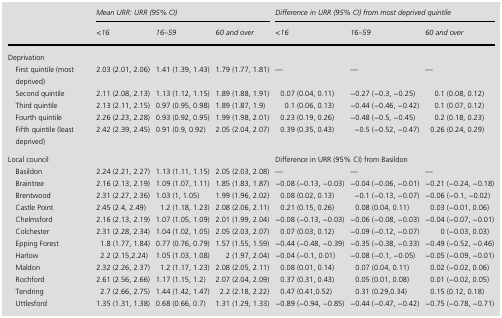
<table><thead><tr><td rowspan="2">[EMPTY_CELL]</td><td colspan="3"><b>Mean URR: URR (95% CI)</b></td><td colspan="3"><b>Difference in URR (95% CI) from most deprived quintile</b></td></tr><tr><td><b>&lt;16</b></td><td><b>16–59</b></td><td><b>60 and over</b></td><td><b>&lt;16</b></td><td><b>16–59</b></td><td><b>60 and over</b></td></tr></thead><tbody><tr><td colspan="7">Deprivation</td></tr><tr><td> First quintile (most deprived)</td><td>2.03 (2.01, 2.06)</td><td>1.41 (1.39, 1.43)</td><td>1.79 (1.77, 1.81)</td><td>—</td><td>—</td><td>—</td></tr><tr><td> Second quintile</td><td>2.11 (2.08, 2.13)</td><td>1.13 (1.12, 1.15)</td><td>1.89 (1.88, 1.91)</td><td>0.07 (0.04, 0.11)</td><td>−0.27 (−0.3, −0.25)</td><td>0.1 (0.08, 0.12)</td></tr><tr><td> Third quintile</td><td>2.13 (2.11, 2.15)</td><td>0.97 (0.95, 0.98)</td><td>1.89 (1.87, 1.9)</td><td>0.1 (0.06, 0.13)</td><td>−0.44 (−0.46, −0.42)</td><td>0.1 (0.07, 0.12)</td></tr><tr><td> Fourth quintile</td><td>2.26 (2.23, 2.28)</td><td>0.93 (0.92, 0.95)</td><td>1.99 (1.98, 2.01)</td><td>0.23 (0.19, 0.26)</td><td>−0.48 (−0.5, −0.45)</td><td>0.2 (0.18, 0.23)</td></tr><tr><td> Fifth quintile (least deprived)</td><td>2.42 (2.39, 2.45)</td><td>0.91 (0.9, 0.92)</td><td>2.05 (2.04, 2.07)</td><td>0.39 (0.35, 0.43)</td><td>−0.5 (−0.52, −0.47)</td><td>0.26 (0.24, 0.29)</td></tr><tr><td>Local council</td><td>[EMPTY_CELL]</td><td>[EMPTY_CELL]</td><td>[EMPTY_CELL]</td><td colspan="3">Difference in URR (95% CI) from Basildon</td></tr><tr><td> Basildon</td><td>2.24 (2.21, 2.27)</td><td>1.13 (1.11, 1.15)</td><td>2.05 (2.03, 2.08)</td><td>—</td><td>—</td><td>—</td></tr><tr><td> Braintree</td><td>2.16 (2.13, 2.19)</td><td>1.09 (1.07, 1.11)</td><td>1.85 (1.83, 1.87)</td><td>−0.08 (−0.13, −0.03)</td><td>−0.04 (−0.06, −0.01)</td><td>−0.21 (−0.24, −0.18)</td></tr><tr><td> Brentwood</td><td>2.31 (2.27, 2.36)</td><td>1.03 (1, 1.05)</td><td>1.99 (1.96, 2.02)</td><td>0.08 (0.02, 0.13)</td><td>−0.1 (−0.13, −0.07)</td><td>−0.06 (−0.1, −0.02)</td></tr><tr><td> Castle Point</td><td>2.45 (2.4, 2.49)</td><td>1.2 (1.18, 1.23)</td><td>2.08 (2.06, 2.11)</td><td>0.21 (0.15, 0.26)</td><td>0.08 (0.04, 0.11)</td><td>0.03 (−0.01, 0.06)</td></tr><tr><td> Chelmsford</td><td>2.16 (2.13, 2.19)</td><td>1.07 (1.05, 1.09)</td><td>2.01 (1.99, 2.04)</td><td>−0.08 (−0.13, −0.03)</td><td>−0.06 (−0.08, −0.03)</td><td>−0.04 (−0.07, −0.01)</td></tr><tr><td> Colchester</td><td>2.31 (2.28, 2.34)</td><td>1.04 (1.02, 1.05)</td><td>2.05 (2.03, 2.07)</td><td>0.07 (0.03, 0.12)</td><td>−0.09 (−0.12, −0.07)</td><td>0 (−0.03, 0.03)</td></tr><tr><td> Epping Forest</td><td>1.8 (1.77, 1.84)</td><td>0.77 (0.76, 0.79)</td><td>1.57 (1.55, 1.59)</td><td>−0.44 (−0.48, −0.39)</td><td>−0.35 (−0.38, −0.33)</td><td>−0.49 (−0.52, −0.46)</td></tr><tr><td> Harlow</td><td>2.2 (2.15,2.24)</td><td>1.05 (1.03, 1.08)</td><td>2 (1.97, 2.04)</td><td>−0.04 (−0.1, 0.01)</td><td>−0.08 (−0.1, −0.05)</td><td>−0.05 (−0.09, −0.01)</td></tr><tr><td> Maldon</td><td>2.32 (2.26, 2.37)</td><td>1.2 (1.17, 1.23)</td><td>2.08 (2.05, 2.11)</td><td>0.08 (0.01, 0.14)</td><td>0.07 (0.04, 0.11)</td><td>0.02 (−0.02, 0.06)</td></tr><tr><td> Rochford</td><td>2.61 (2.56, 2.66)</td><td>1.17 (1.15, 1.2)</td><td>2.07 (2.04, 2.09)</td><td>0.37 (0.31, 0.43)</td><td>0.05 (0.01, 0.08)</td><td>0.01 (−0.02, 0.05)</td></tr><tr><td> Tendring</td><td>2.7 (2.66, 2.75)</td><td>1.44 (1.42, 1.47)</td><td>2.2 (2.18, 2.22)</td><td>0.47 (0.41,0.52)</td><td>0.31 (0.29,0.34)</td><td>0.15 (0.12, 0.18)</td></tr><tr><td> Uttlesford</td><td>1.35 (1.31, 1.38)</td><td>0.68 (0.66, 0.7)</td><td>1.31 (1.29, 1.33)</td><td>−0.89 (−0.94, −0.85)</td><td>−0.44 (−0.47, −0.42)</td><td>−0.75 (−0.78, −0.71)</td></tr></tbody></table>